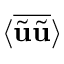
\langle { \overline { { \widetilde { \bf { u } } \widetilde { \bf { u } } } } } \rangle